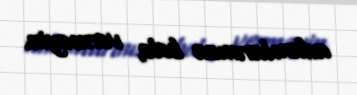
adamlarınıza belə, verməyin.